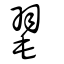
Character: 毣